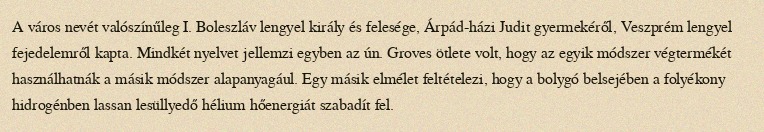
A város nevét valószínűleg I. Boleszláv lengyel király és felesége, Árpád-házi Judit gyermekéről, Veszprém lengyel fejedelemről kapta. Mindkét nyelvet jellemzi egyben az ún. Groves ötlete volt, hogy az egyik módszer végtermékét használhatnák a másik módszer alapanyagául. Egy másik elmélet feltételezi, hogy a bolygó belsejében a folyékony hidrogénben lassan lesüllyedő hélium hőenergiát szabadít fel.